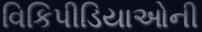
વિકિપીડિયાઓની